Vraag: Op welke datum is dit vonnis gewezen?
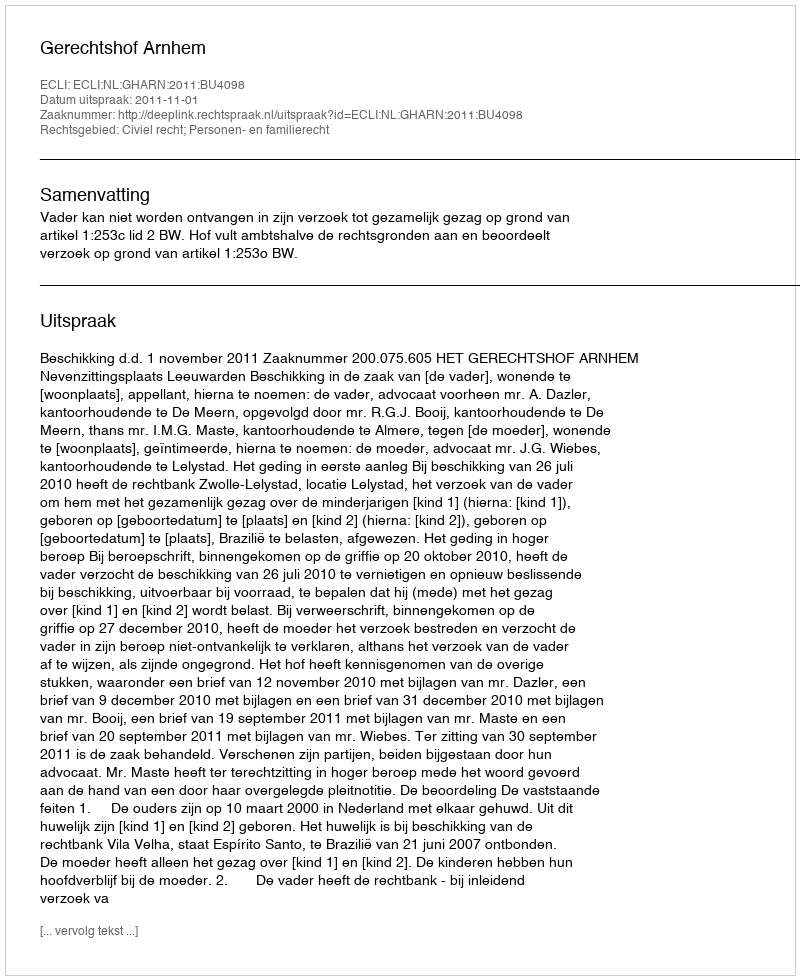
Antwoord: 2011-11-01